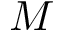
M